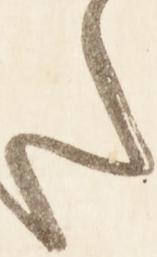
た